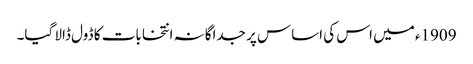
1909ء میں اس کی اساس پر جداگانہ انتخابات کا ڈول ڈالا گیا۔